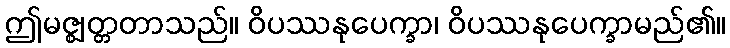
ဤမဇ္ဈတ္တတာသည်။ ဝိပဿနုပေက္ခာ၊ ဝိပဿနုပေက္ခာမည်၏။